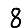
Digit: 8